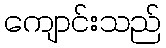
ကျောင်းသည်